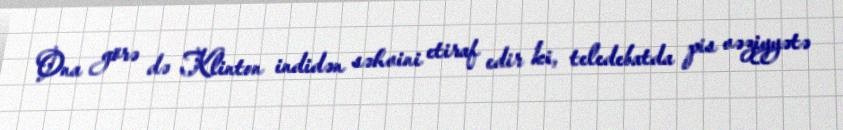
Ona görə də Klinton indidən səhvini etiraf edir ki, teledebatda pis vəziyyətə